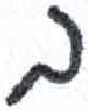
אות: ב